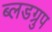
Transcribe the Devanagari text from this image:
ब्लडग्रुप